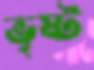
ভৃষ্ট